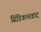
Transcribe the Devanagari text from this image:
सिंडिकलवाद